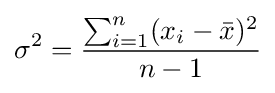
\sigma ^{2}={\frac {\sum _{i=1}^{n}(x_{i}-{\bar {x}})^{2}}{n-1}}